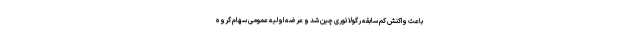
باعث واکنش کم سابقه رگولاتوری چین شد و عرضه اولیه عمومی سهام گروه